Jaan_Tonisson_(Lasteleht), lk 58
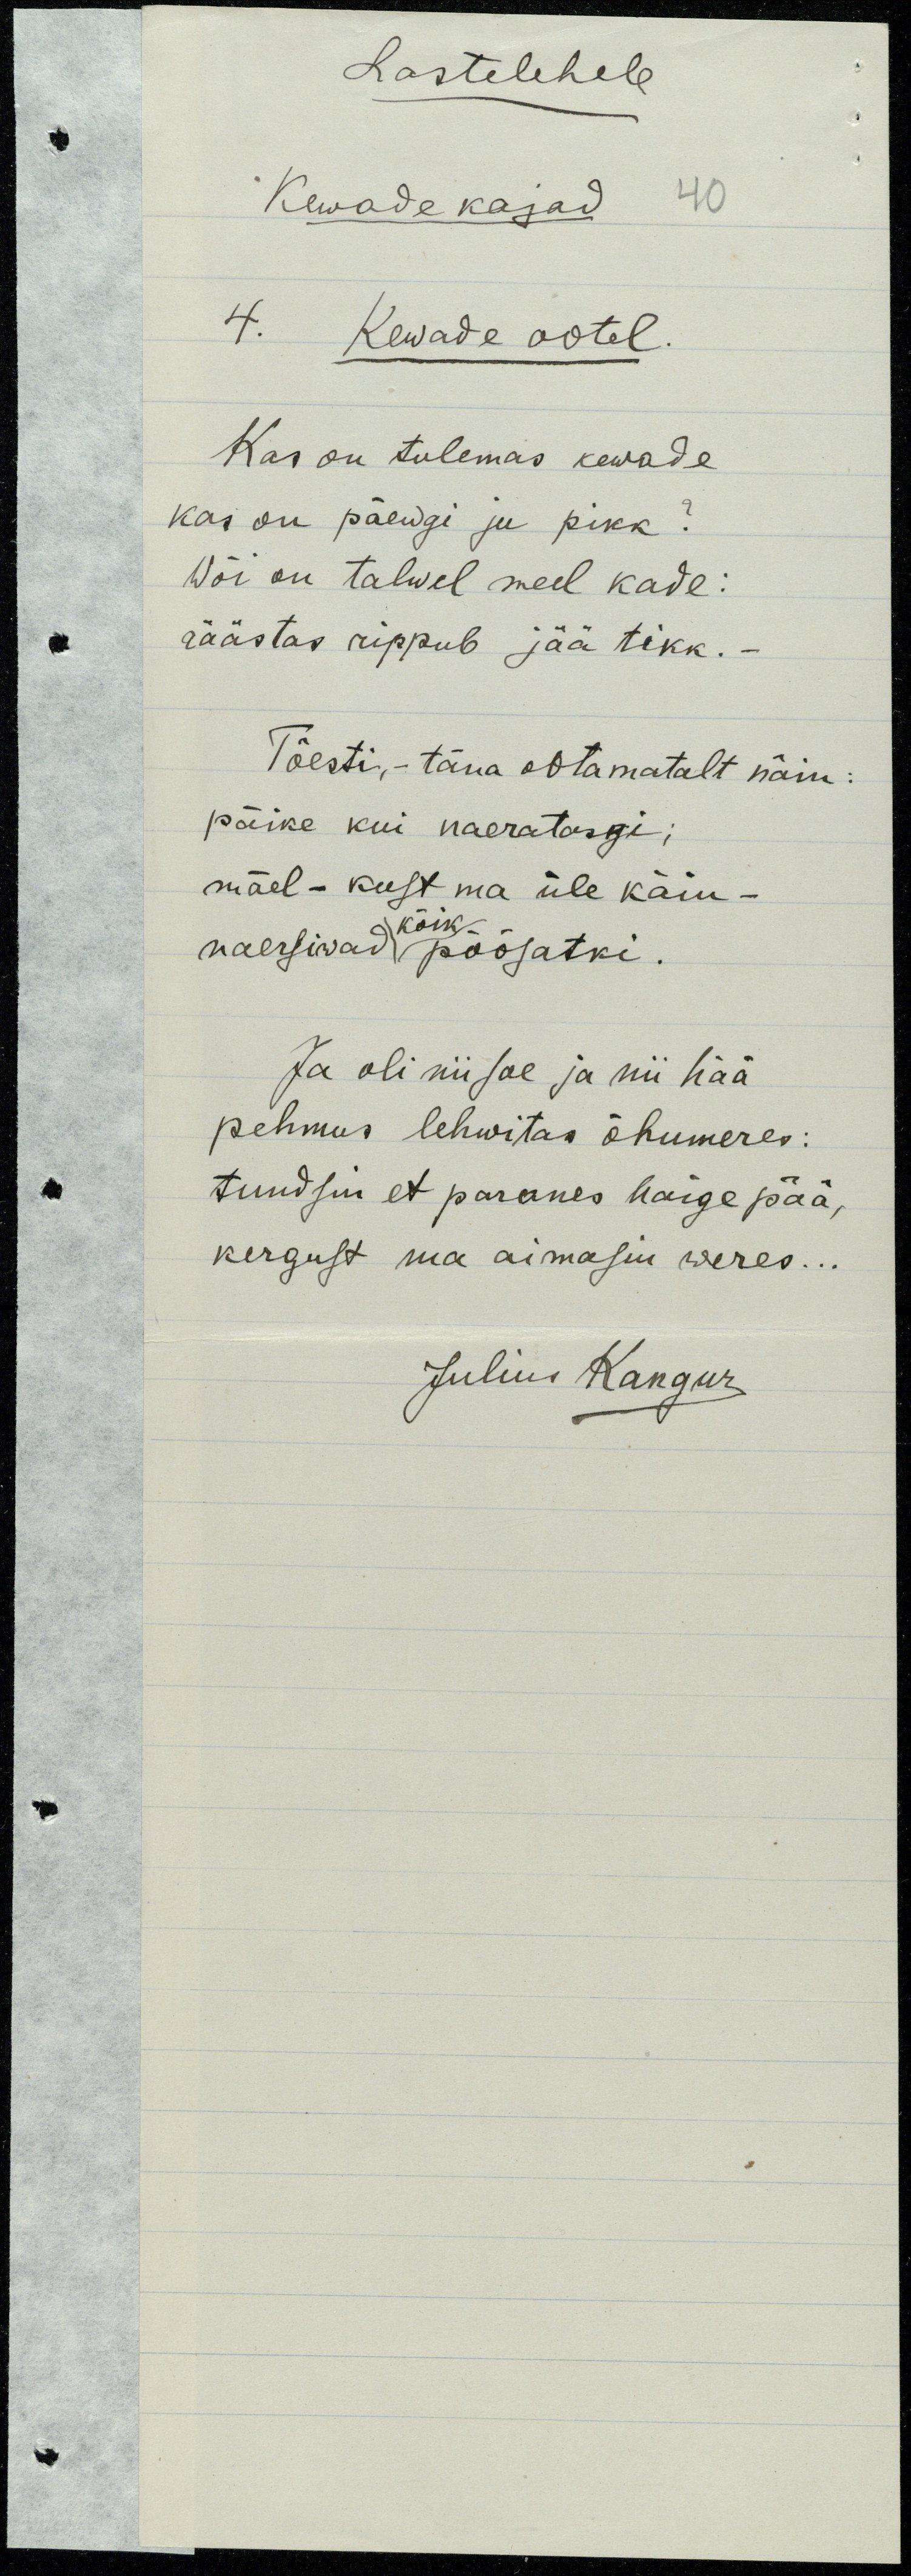
Lastelehele
Kewade kajad 40
4. Kewade ootel.
Kas on tulemas kewade
kas on päewgi ju pikk?
Wõi on talwel meel kade :
räästas rippub jää tikk. -
Tõesti, - täna ootamatalt näin :
päike kui naeratasgi ;
mäel - kust ma üle käin -
kõik
naersiwad põõsatki.
Ja oli nii soe ja nii hää
pehmus lehwitas õhumeres :
tundsin et paranes haige pää,
kergust ma aimasin weres . . .
Julius Kangur